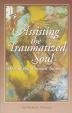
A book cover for Assisting the Traumatized Soul: Healing the Wounded Talisman; Phyllis Peterson; Religion & Spirituality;